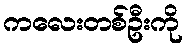
ကလေးတစ်ဦးကို